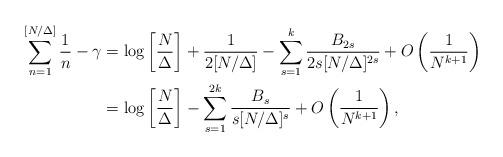
LaTeX: \begin{align*}\sum_{n=1}^{[N/\Delta]} \frac{1}{n}- \gamma & = \log \left[ \frac{N}{\Delta} \right]+ \frac{1}{2 [N/\Delta]}- \sum_{s=1}^{k} \frac{B_{2s}}{2s [N/\Delta]^{2s}}+ O \left( \frac{1}{N^{k+1}} \right) \\& = \log \left[ \frac{N}{\Delta} \right]- \sum_{s=1}^{2k} \frac{B_{s}}{s [N/\Delta]^{s}}+ O \left( \frac{1}{N^{k+1}} \right), \end{align*}